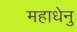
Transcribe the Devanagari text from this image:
महाधेनु